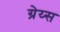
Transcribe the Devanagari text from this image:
ग्रेय्स